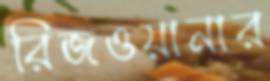
রিজওয়ানার